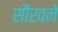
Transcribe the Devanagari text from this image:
सौरवने